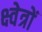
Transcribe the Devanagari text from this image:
क्ष्वेत्रों